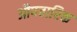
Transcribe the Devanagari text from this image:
औपचारिक